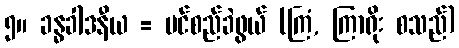
၅။ ခန္ဓခါဒနီယ = ပင်စည်ခဲဖွယ် (ကြံ, ကြာရိုး စသည်)